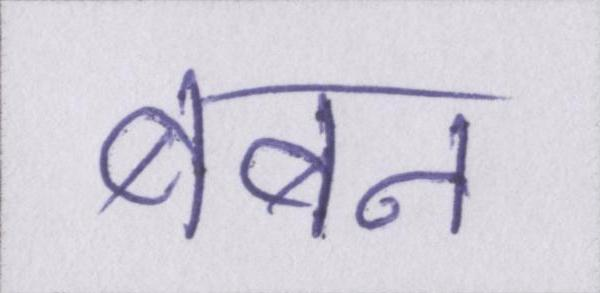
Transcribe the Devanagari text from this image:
बबन